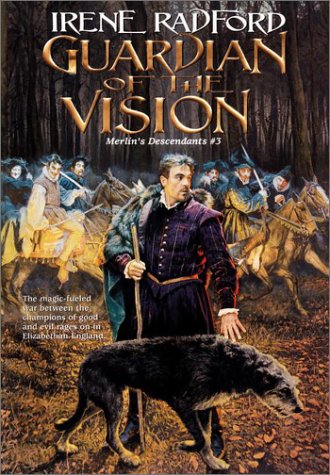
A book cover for Guardian of the Vision (Merlin's Descendants #3) (Merlin's Descendants); Irene Radford; Science Fiction & Fantasy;